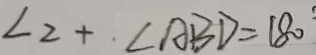
\angle 2 + \angle A B D = 1 8 0 ^ { \circ }